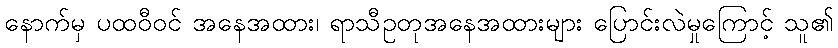
နောက်မှ ပထဝီဝင် အနေအထား၊ ရာသီဥတုအနေအထားများ ပြောင်းလဲမှုကြောင့် သူ၏